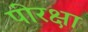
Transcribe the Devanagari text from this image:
पीरक्षा